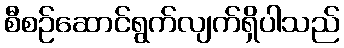
စီစဉ်ဆောင်ရွက်လျက်ရှိပါသည်